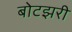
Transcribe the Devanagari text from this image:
बोटझरी